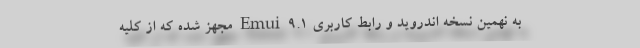
به نهمین نسخه اندروید و رابط کاربری Emui 9.1 مجهز شده که از کلیه